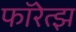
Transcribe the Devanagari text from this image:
फॉरेत्झ